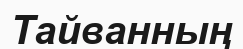
Тайванның